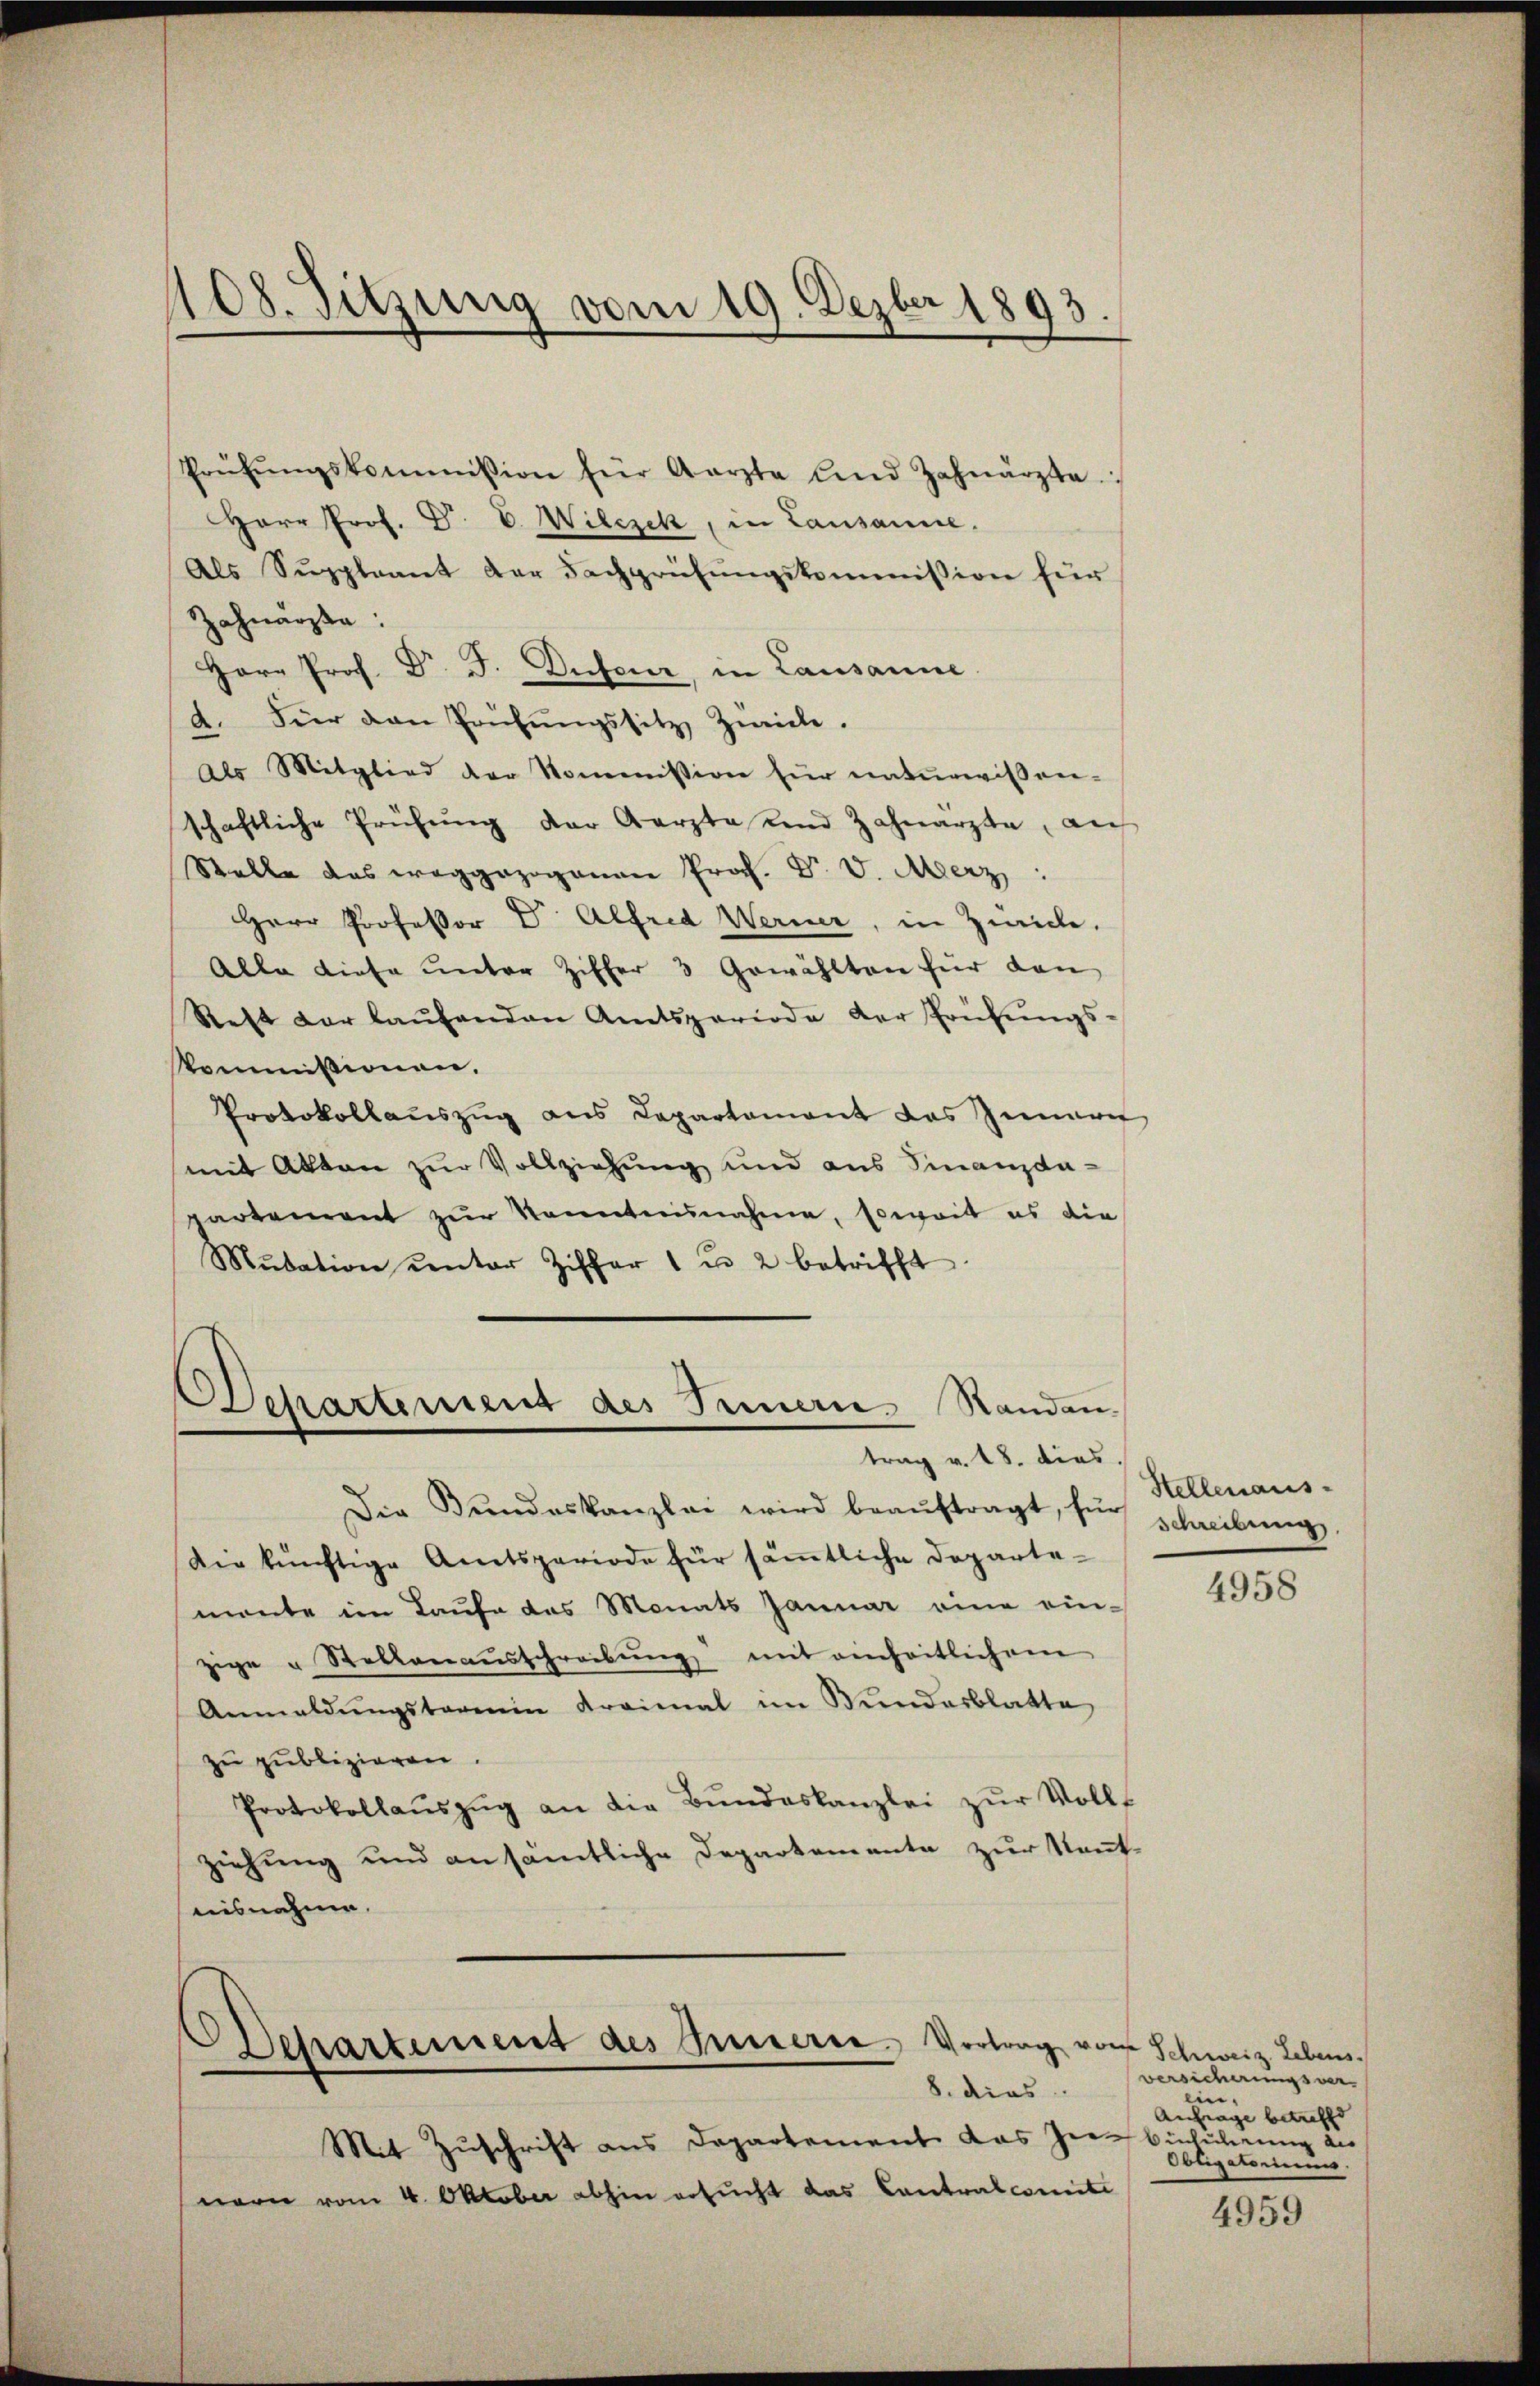
108. Sitzung vom 19. Dezbr 1893.

trag v. 18. dies

Prüfŭngskommission für Aerzte und Zahnarzte.
Herr Prof. Dr. C. Wilczek, in Lausanne.
Als Suppleant der Fachprüfŭngskommission für
Zahnarzte:
Herr Prof. Dr. F. Dufour, in Lausanne.
2. Für dan Prüfŭngssitz, Zwicke.
Als Mitglied der Kommission für naturwissen-
schaftliche Prüfŭng der Aerzte und Zahnarzte, auf
Stelle das weggezogenen Prof. Dr. v. Merz
Herr Professor Dr. Alfred Werner, in Zwicke.
Alle diese unter Ziffer 3 Gewählten für den
Reft der laŭfenden Amtsperiode der Frühŭngs-
kommißionen.
Protokollauszug aus Departement das Innern
mit Akten zur Vollziehung und aus Finanzdapartement zŭr Kenntninahene, soweit es die
Mŭtation unter Ziffer 1 u. 2 betrifft.
Departement des Orien. Standen.

Departement des Busserre. Vortrag von
8. dies

Die Bŭndeskanzlei wird beaŭftragt, für schreibung.
Die künftige Amtsperiode für säṁtliche Departemonte im Laufe das Monats Januar eine ein-
zige Stellenaŭsschreibŭng mit einheitlichem
Anmeldŭngsberein Kreimal im Wundarblatte
zu publizieren
Protokollaŭszŭg an die Bŭndeskanzlei zŭr Volls
ziehung und an sämtliche Departemente zur Kenntaisnahme.

Mit Zuschrift aus Departement das In-
nern vom 4. Oktober abhin ersucht das Contralcomite

Stellenaus-

4958

f Schweiz. Lebens.
versicherungsver-
ein.
Anfrage betreffe
binführung aus
Obligatoriums

4959